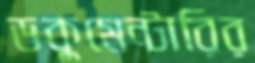
ডকুমেন্টারির